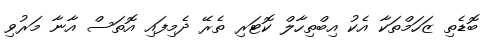
ބޮޑެތި ޒަހަމްތަކާ އެކު އިބްތިހާލް ކޮޓަރި ތެރޭ ދެމިފައި އޮތަސް އާނާ މަރުވި